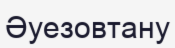
Әуезовтану